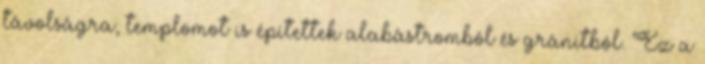
távolságra, templomot is építettek alabástromból és gránitból. Ez a